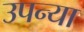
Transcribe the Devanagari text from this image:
उपन्या